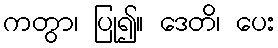
ကတွာ၊ ပြု၍။ ဒေတိ၊ ပေး